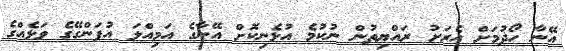
އޭނާ ހޯދުމަށް އެރަށު ރައްޔިތުން ނުކުމެ އުޅެނިކޮށް އޭނާގެ އަމިއްލަ އުފަންގޭގެ ވަޅެއްގެ